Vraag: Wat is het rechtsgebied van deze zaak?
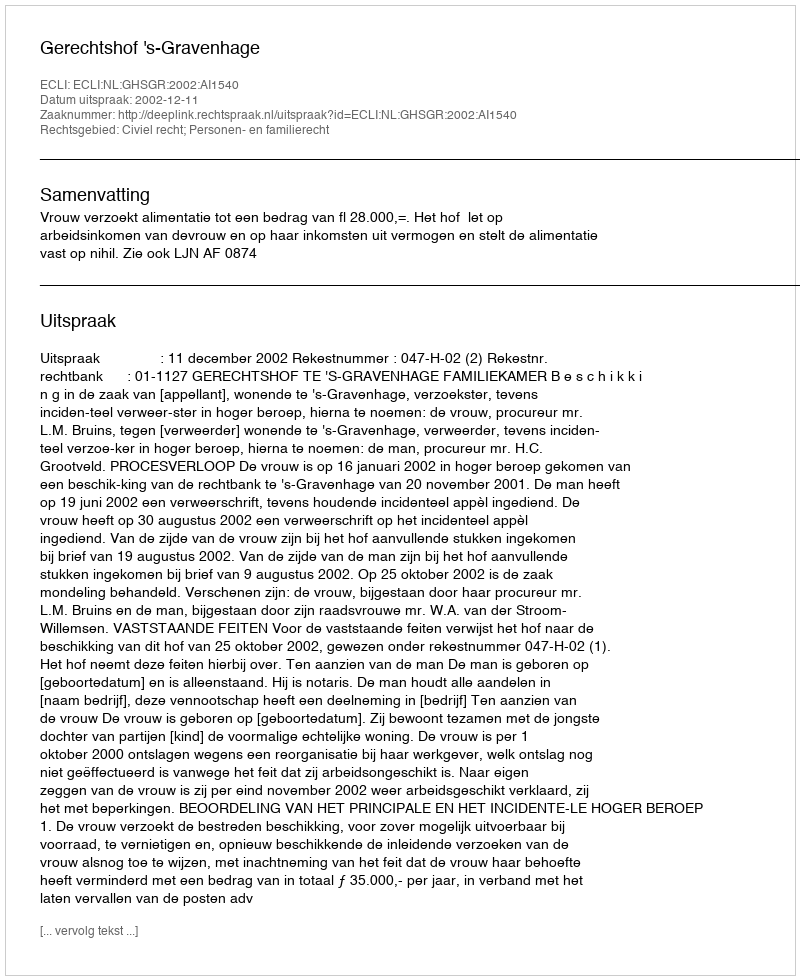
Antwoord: Civiel recht; Personen- en familierecht